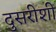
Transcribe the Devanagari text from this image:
दुसरीशी